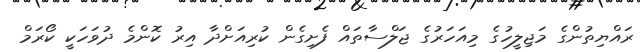
ރައްޔިތުންގެ މަޖިލީހުގެ މިއަހަރުގެ ޖަލްސާތައް ފެށިގެން ކުރިއަށްދާ އިރު ކޮންމެ ދުވަހަކީ ކޯރަމް